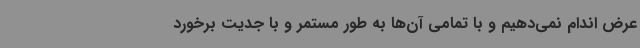
عرض اندام نمی‌دهیم و با تمامی آن‌ها به طور مستمر و با جدیت برخورد